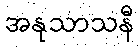
အနုသာသနီ